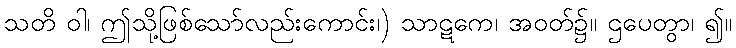
သတိ ဝါ၊ ဤသို့ဖြစ်သော်လည်းကောင်း၊) သာဋကေ၊ အဝတ်၌။ ဌပေတွာ၊ ၍။